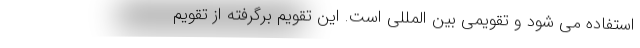
استفاده می شود و تقویمی بین المللی است. این تقویم برگرفته از تقویم